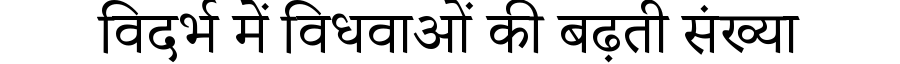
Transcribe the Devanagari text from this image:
विदर्भ में विधवाओं की बढ़ती संख्या